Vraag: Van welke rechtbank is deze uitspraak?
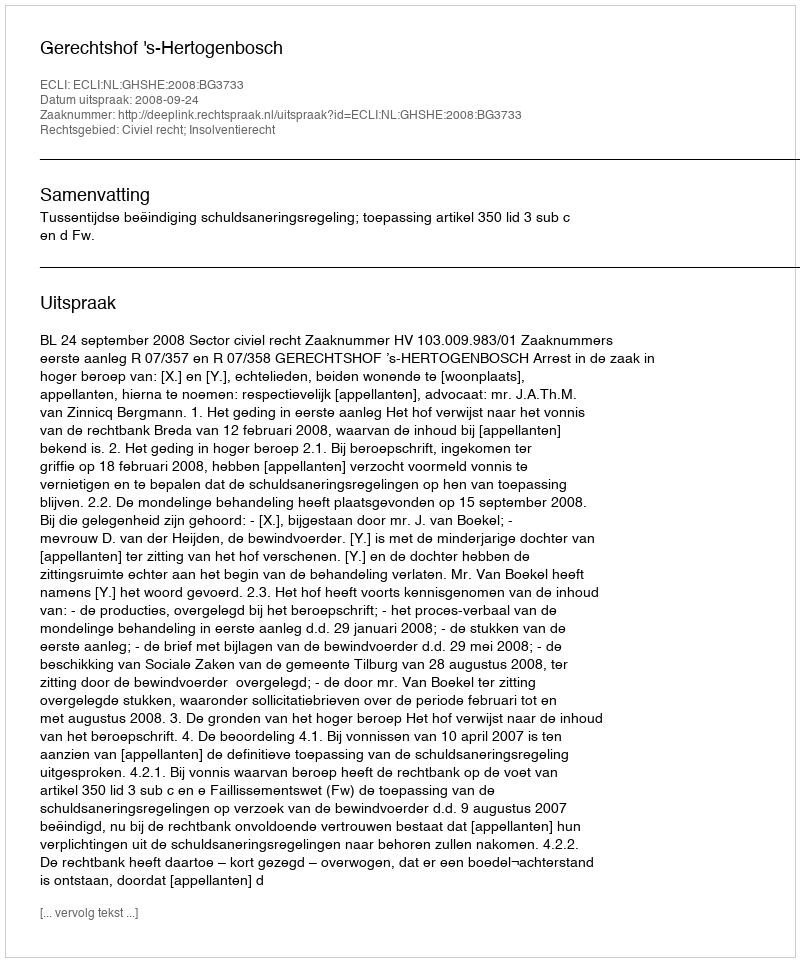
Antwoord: Gerechtshof 's-Hertogenbosch